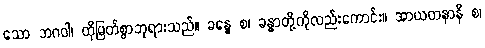
သော ဘဂဝါ၊ ထိုမြတ်စွာဘုရားသည်။ ခန္ဓေ စ၊ ခန္ဓာတို့ကိုလည်းကောင်း။ အာယတနာနိ စ၊